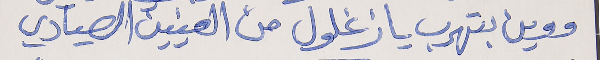
ووين بتهرب يا زغلول من العينين الصيادي